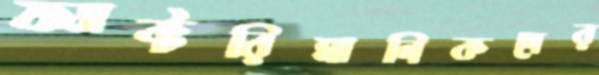
ফ্যাক্টরিমালিকদের